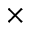
\times